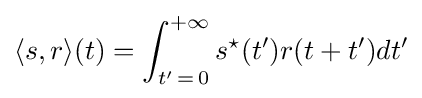
\langle s,r\rangle (t)=\int _{t'\,=\,0}^{+\infty }s^{\star }(t')r(t+t')dt'